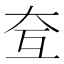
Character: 𡗨